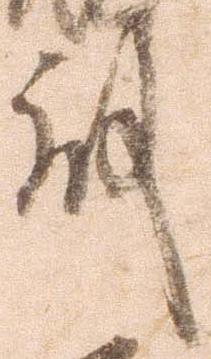
殿